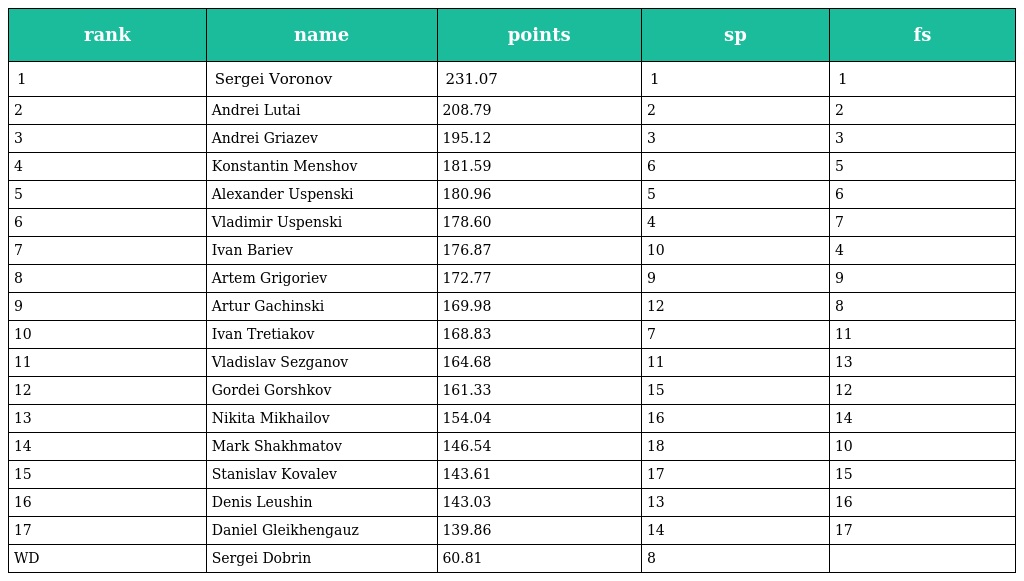
| rank | name | points | sp | fs |
 | --- | --- | --- | --- | --- |
 | 1 | Sergei Voronov | 231.07 | 1 | 1 |
 | 2 | Andrei Lutai | 208.79 | 2 | 2 |
 | 3 | Andrei Griazev | 195.12 | 3 | 3 |
 | 4 | Konstantin Menshov | 181.59 | 6 | 5 |
 | 5 | Alexander Uspenski | 180.96 | 5 | 6 |
 | 6 | Vladimir Uspenski | 178.60 | 4 | 7 |
 | 7 | Ivan Bariev | 176.87 | 10 | 4 |
 | 8 | Artem Grigoriev | 172.77 | 9 | 9 |
 | 9 | Artur Gachinski | 169.98 | 12 | 8 |
 | 10 | Ivan Tretiakov | 168.83 | 7 | 11 |
 | 11 | Vladislav Sezganov | 164.68 | 11 | 13 |
 | 12 | Gordei Gorshkov | 161.33 | 15 | 12 |
 | 13 | Nikita Mikhailov | 154.04 | 16 | 14 |
 | 14 | Mark Shakhmatov | 146.54 | 18 | 10 |
 | 15 | Stanislav Kovalev | 143.61 | 17 | 15 |
 | 16 | Denis Leushin | 143.03 | 13 | 16 |
 | 17 | Daniel Gleikhengauz | 139.86 | 14 | 17 |
 | WD | Sergei Dobrin | 60.81 | 8 |  |